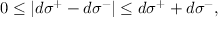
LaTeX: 0 \leq | d \sigma ^ { + } - d \sigma ^ { - } | \leq d \sigma ^ { + } + d \sigma ^ { - } ,